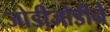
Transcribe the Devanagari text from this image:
जोडीजोडीने